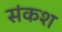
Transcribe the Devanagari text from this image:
संकश